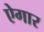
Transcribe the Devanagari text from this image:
ऐगार